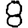
Digit: 8